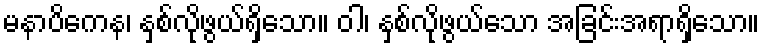
မနာပိကေန၊ နှစ်လိုဖွယ်ရှိသော။ ဝါ၊ နှစ်လိုဖွယ်သော အခြင်းအရာရှိသော။